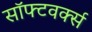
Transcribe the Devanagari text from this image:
सॉफ्टवर्क्स